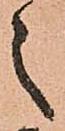
之